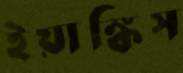
ইয়াঙ্কিস